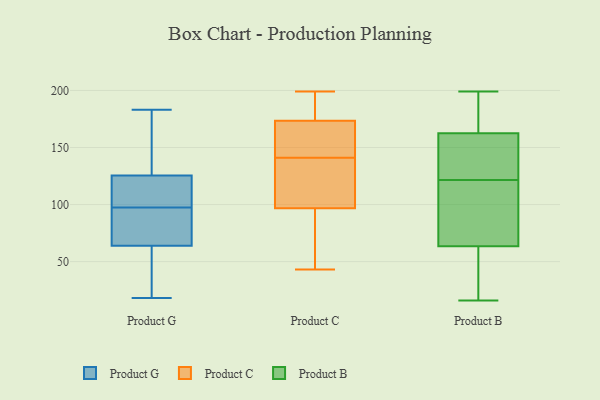
{"axis": {"x": "Revenue (USD Million)", "y": "Value"}, "legend": ["Product B", "Product C", "Product G"], "data": [{"x": "", "y": 76, "type": "Product G"}, {"x": "", "y": 183, "type": "Product G"}, {"x": "", "y": 18, "type": "Product G"}, {"x": "", "y": 78, "type": "Product G"}, {"x": "", "y": 104, "type": "Product G"}, {"x": "", "y": 102, "type": "Product G"}, {"x": "", "y": 122, "type": "Product G"}, {"x": "", "y": 151, "type": "Product G"}, {"x": "", "y": 29, "type": "Product G"}, {"x": "", "y": 52, "type": "Product G"}, {"x": "", "y": 129, "type": "Product G"}, {"x": "", "y": 93, "type": "Product G"}, {"x": "", "y": 114, "type": "Product C"}, {"x": "", "y": 91, "type": "Product C"}, {"x": "", "y": 121, "type": "Product C"}, {"x": "", "y": 71, "type": "Product C"}, {"x": "", "y": 141, "type": "Product C"}, {"x": "", "y": 174, "type": "Product C"}, {"x": "", "y": 182, "type": "Product C"}, {"x": "", "y": 88, "type": "Product C"}, {"x": "", "y": 172, "type": "Product C"}, {"x": "", "y": 175, "type": "Product C"}, {"x": "", "y": 165, "type": "Product C"}, {"x": "", "y": 43, "type": "Product C"}, {"x": "", "y": 199, "type": "Product C"}, {"x": "", "y": 138, "type": "Product C"}, {"x": "", "y": 155, "type": "Product C"}, {"x": "", "y": 57, "type": "Product B"}, {"x": "", "y": 114, "type": "Product B"}, {"x": "", "y": 164, "type": "Product B"}, {"x": "", "y": 165, "type": "Product B"}, {"x": "", "y": 34, "type": "Product B"}, {"x": "", "y": 98, "type": "Product B"}, {"x": "", "y": 129, "type": "Product B"}, {"x": "", "y": 44, "type": "Product B"}, {"x": "", "y": 171, "type": "Product B"}, {"x": "", "y": 161, "type": "Product B"}, {"x": "", "y": 135, "type": "Product B"}, {"x": "", "y": 158, "type": "Product B"}, {"x": "", "y": 16, "type": "Product B"}, {"x": "", "y": 199, "type": "Product B"}, {"x": "", "y": 73, "type": "Product B"}, {"x": "", "y": 70, "type": "Product B"}]}